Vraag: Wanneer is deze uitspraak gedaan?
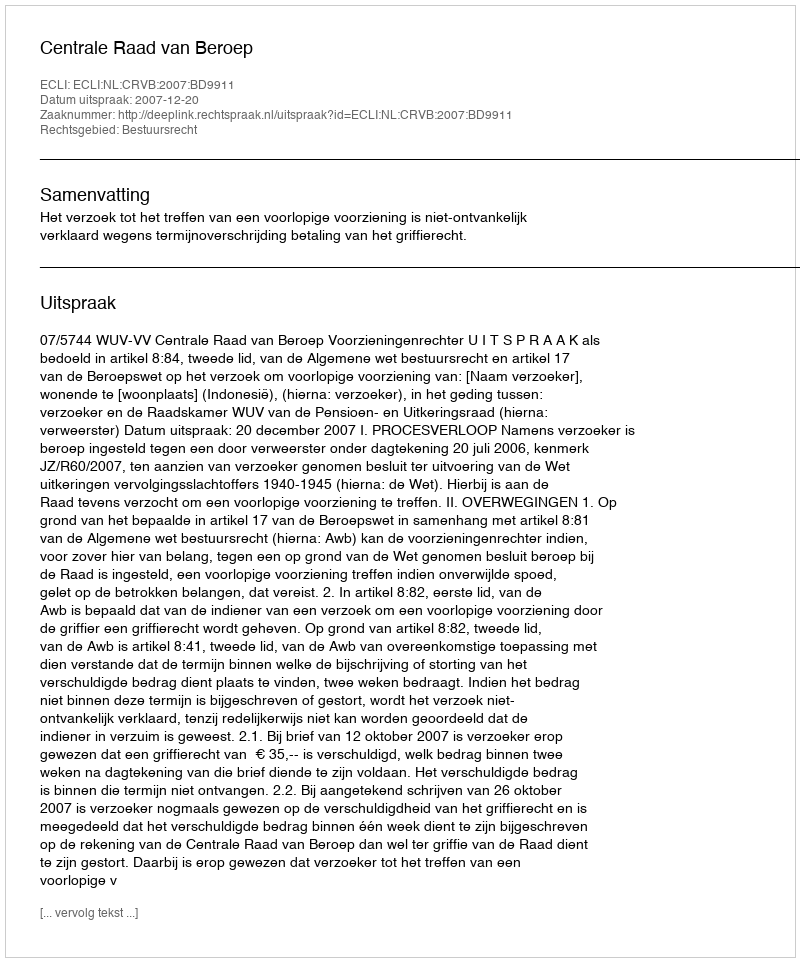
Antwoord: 2007-12-20